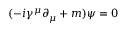
( - i \gamma ^ { \mu } \partial _ { \mu } + m ) \psi = 0